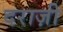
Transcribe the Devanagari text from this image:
दराज़ी